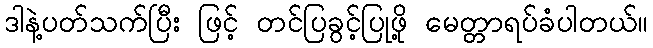
ဒါနဲ့ပတ်သက်ပြီး ဖြင့် တင်ပြခွင့်ပြုဖို့ မေတ္တာရပ်ခံပါတယ်။